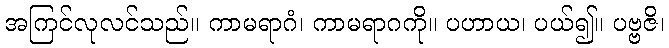
အကြင်လုလင်သည်။ ကာမရာဂံ၊ ကာမရာဂကို။ ပဟာယ၊ ပယ်၍။ ပဗ္ဗဇိ၊